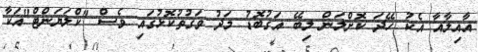
އާއިލާއާ އެކު ހޭދަ ކޮށްލަން ލިބޭ އަގުބޮޑު މަދު ވަގުތުކޮޅުގައި ވެސް "ކްލަޔަންޓް"އަކާ